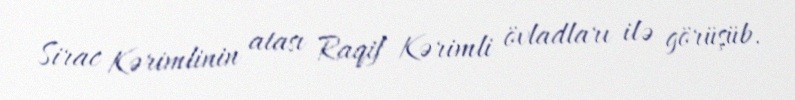
Sirac Kərimlinin atası Raqif Kərimli övladları ilə görüşüb.